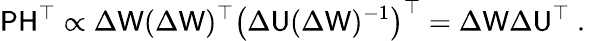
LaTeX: \mathsf{P}\mathsf{H}^{\top}\propto\Delta\mathsf{W}(\Delta\mathsf{W})^{\top}\left(\Delta\mathsf{U}(\Delta\mathsf{W})^{-1}\right)^{\top}=\Delta\mathsf{W}\Delta\mathsf{U}^{\top}\mathrm{~.~}